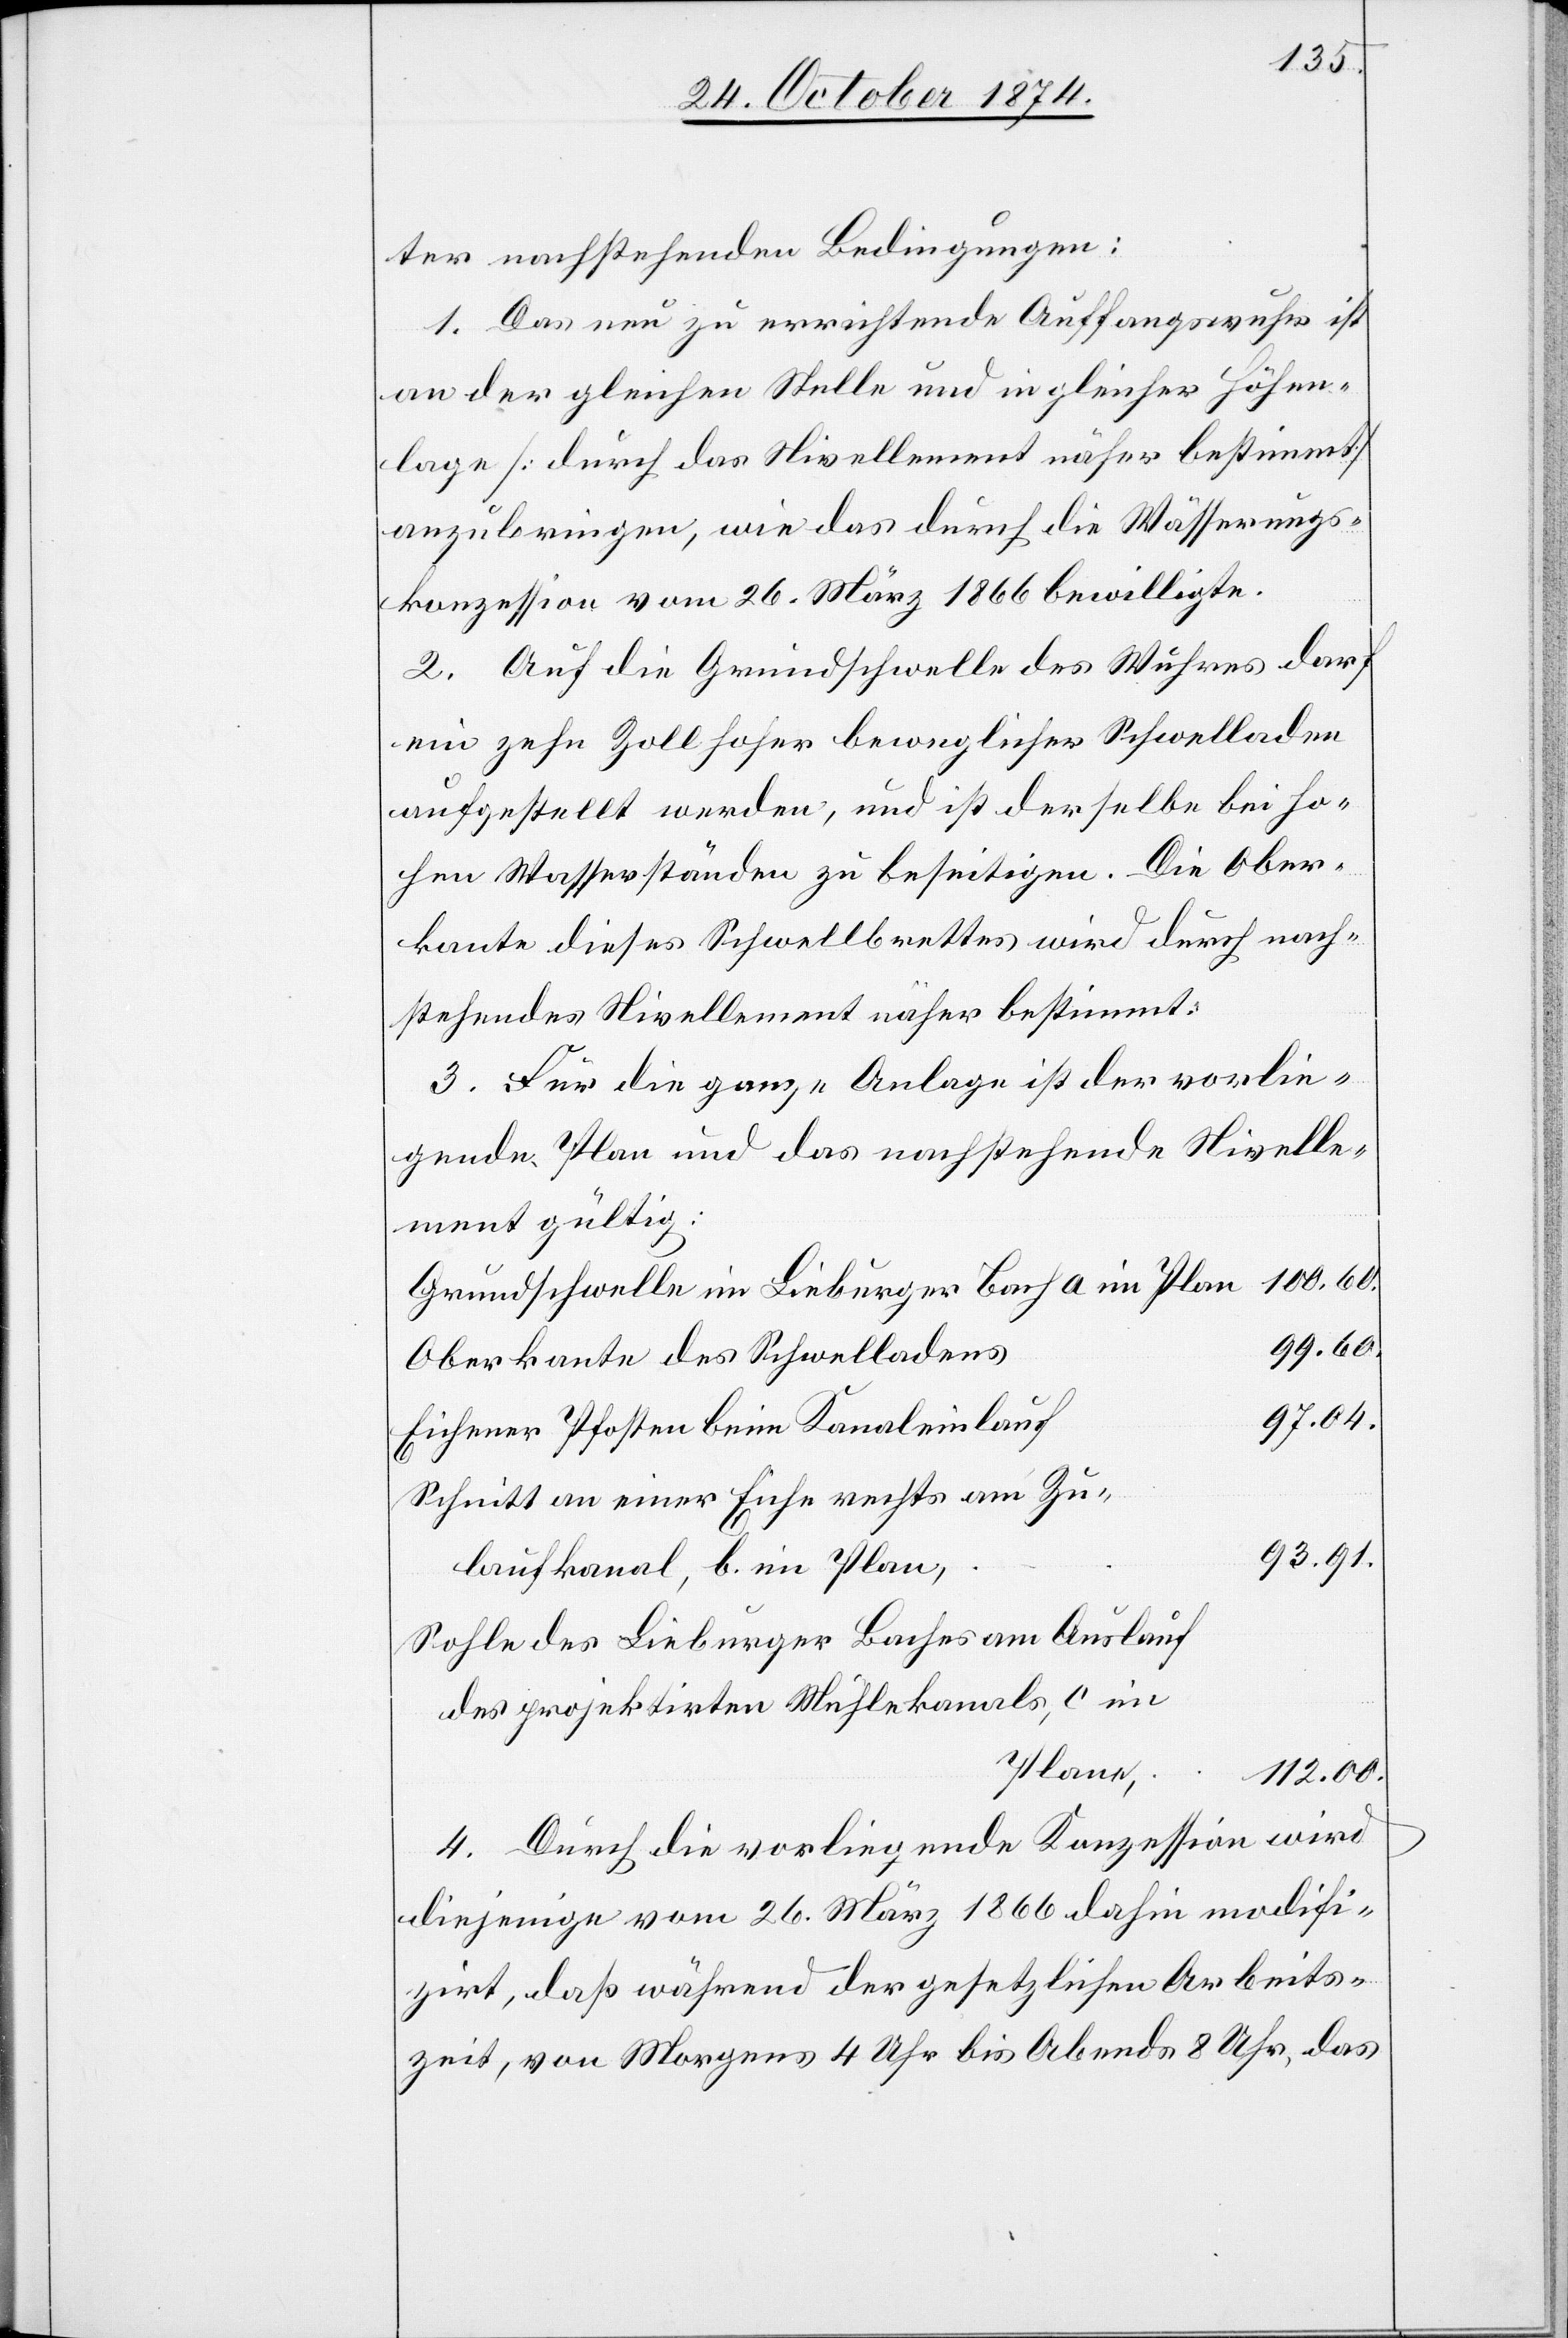
ter nachstehenden Bedingungen:
1. Das neu zu errichtende Auffangswuhr ist
an der gleichen Stelle und in gleicher Höhen¬
lage [durch das Nivellement näher bestimmt]
anzubringen, wie das durch die Wässerungs¬
konzession vom 26. März 1866 bewilligte.
2. Auf die Gemeindschwelle des Wuhres darf
ein zehn Zoll hoher beweglicher Schwelladen
aufgestellt werden, und ist derselbe bei ho¬
hem Wasserständen zu beseitigen. Die Ober¬
kante dieses Schwellbrettes wird durch nach¬
stehendes Nivellement näher bestimmt;
3. Für die ganze Anlage ist der vorlie¬
gende Plan und das nachstehende Nivelle¬
ment gültig:
Grundschwelle im Lieburger Bach a im Plan
99.60.
Oberkante des Schwelladens
97.04.
Eichener Pfosten beim Kanaleinlauf
Schnitt an einer Eiche rechts am Zu¬
93.91.
laufkanal, b. im Plan,
Sohle des Lieburger Baches am Auslauf
des projektirten Mühlekanals, c im
Plane,
112.00.
4. Durch die vorliegende Konzession wird
diejenige vom 26. März 1866 dahin modifi¬
zirt, daß während der gesetzlichen Arbeits¬
zeit, von Morgens 4 Uhr bis Abends 8 Uhr, das